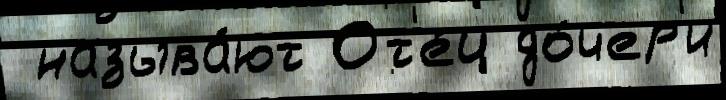
 называ́ют От'е́ц до́чер'и